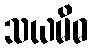
သယမိဓ